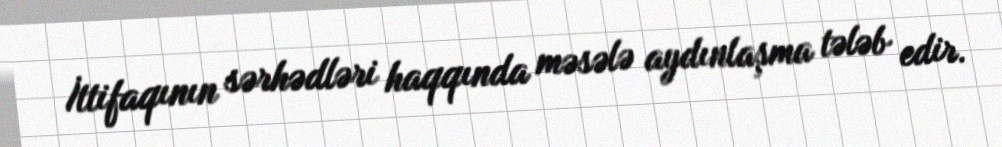
İttifaqının sərhədləri haqqında məsələ aydınlaşma tələb edir.